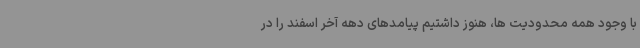
با وجود همه محدودیت ها، هنوز داشتیم پیامدهای دهه آخر اسفند را در